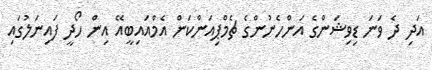
އަދި ދެ ވަނަ ޑިވިޝަންގެ އަންހެނުންގެ ޗެމްޕިއަންކަން އެމްއައިބީއޭ އިން ހޯދީ ފައިނަލުގައި